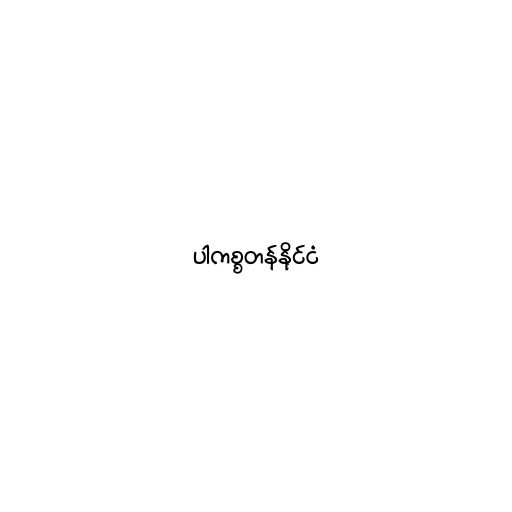
ပါကစ္စတန်နိုင်ငံ